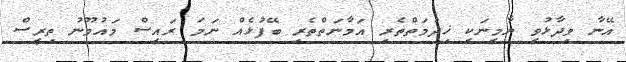
އޭނާ ވިދާޅުވީ ޔާމީނަކީ ޚިދުމަތްތެރި އަމާނަތްތެރި ބޭފުޅެއް ނަމަ ރައީސް މައުމޫނު ތިރީސް